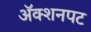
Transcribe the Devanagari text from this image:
अॅक्शनपट